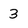
Character: 3